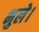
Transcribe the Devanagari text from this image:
भुले।